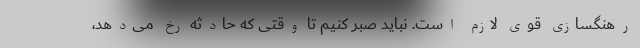
رهنگسازی قوی لازم است. نباید صبر کنیم تا وقتی که حادثه رخ می‌دهد،